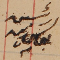
رئيس يوسف زينه